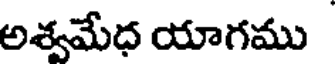
అశ్వమేధ యాగము